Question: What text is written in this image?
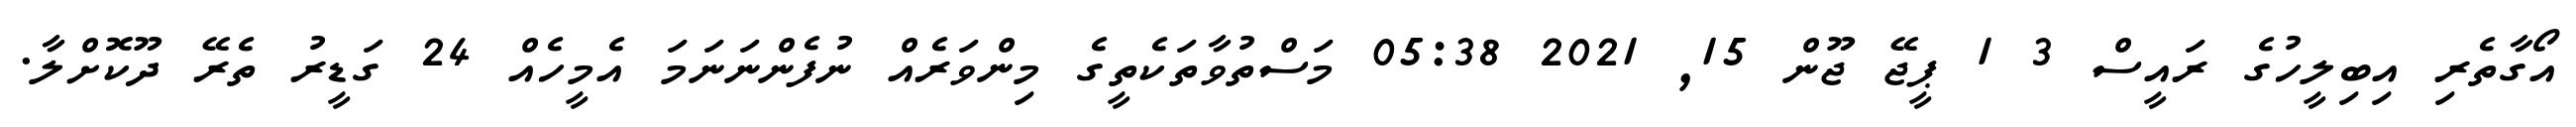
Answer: އޯގާތެރި އިބިލީހުގެ ރައީސް 3 1 ޕީޖޭ ޖޫން 15, 2021 05:38 މަސްތުވާތަކެތީގެ މިންވަރެއް ނުފެންނަނަމަ އެމީހެއް 24 ގަޑީރު ތެރޭ ދޫކޮށްލާ.